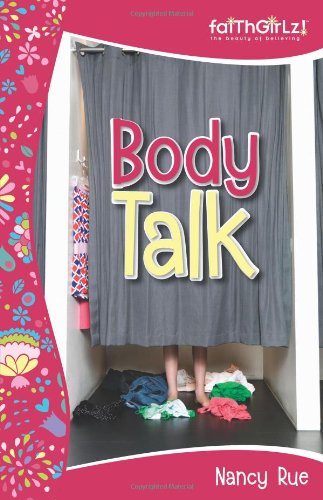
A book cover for Body Talk (Faithgirlz); Nancy N. Rue; Parenting & Relationships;